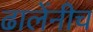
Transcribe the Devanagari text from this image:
ढालेंनीच